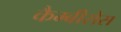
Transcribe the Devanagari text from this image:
कैम्बीसेस